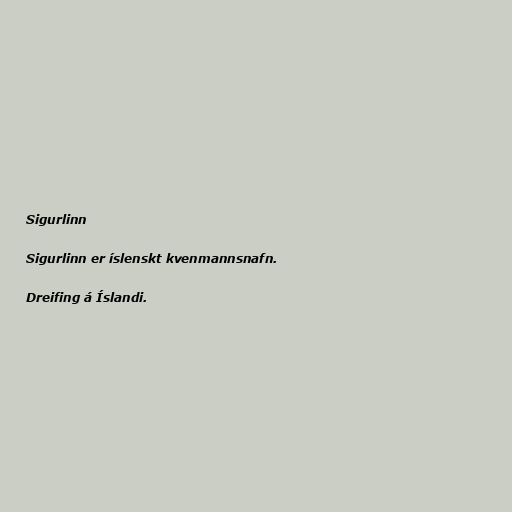
Sigurlinn

Sigurlinn er íslenskt kvenmannsnafn.

Dreifing á Íslandi.